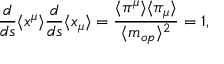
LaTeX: \frac { d } { d s } \langle x ^ { \mu } \rangle \frac { d } { d s } \langle x _ { \mu } \rangle = \frac { \langle \pi ^ { \mu } \rangle \langle \pi _ { \mu } \rangle } { \langle m _ { o p } \rangle ^ { 2 } } = 1 ,